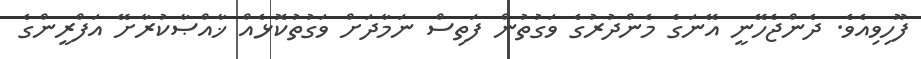
ފޫހިވިއެވެ. ދެންޖެހޭނީ އޭނަގެ މެންދުރުގެ ވަގުތުން ފަތިސް ނަމާދަށް ވަގުތުކޮޅެއް ޚާއްޞާކުރާށޭ އަފްރީންގެ